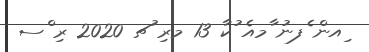
ިއން ެފނު ާމއެ ުކާ 13 މރި ުޗ 2020 ރި ްސ